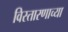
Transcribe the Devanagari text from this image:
विस्तारणाच्या